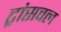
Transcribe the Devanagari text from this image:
ट्रांसवल